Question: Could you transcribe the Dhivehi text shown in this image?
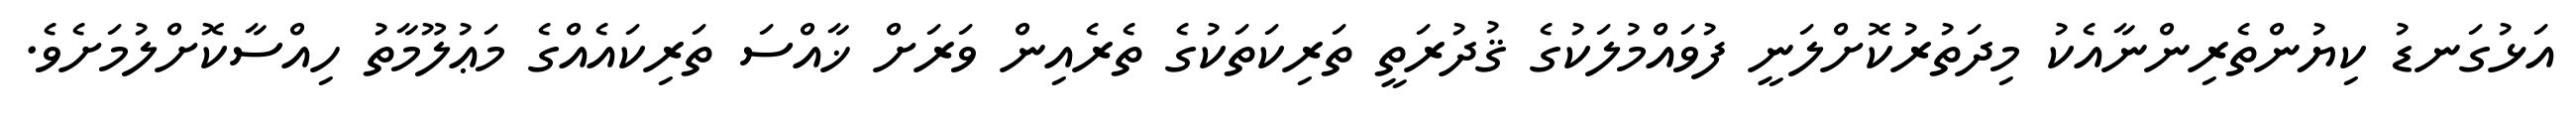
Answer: އަޅުގަނޑު ކިޔުންތެރިންނާއެކު މިދަތުރުކޮށްލަނީ ފުވައްމުލަކުގެ ޤުދުރަތީ ތަރިކަތަކުގެ ތެރެއިން ވަރަށް ޚާއްސަ ތަރިކައެއްގެ މަޢުލޫމާތު ހިއްސާކޮށްލުމަށެވެ.